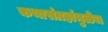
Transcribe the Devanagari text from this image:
कथासंग्रहांमुळेच